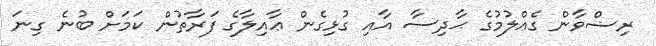
ރިޟްވާން ގެއްލުމުގެ ޙާދިސާ އާއި ގުޅިގެން ޢާއިލާގެ ފަރާތުން ކަމަށް ބުނެ ގިނަ